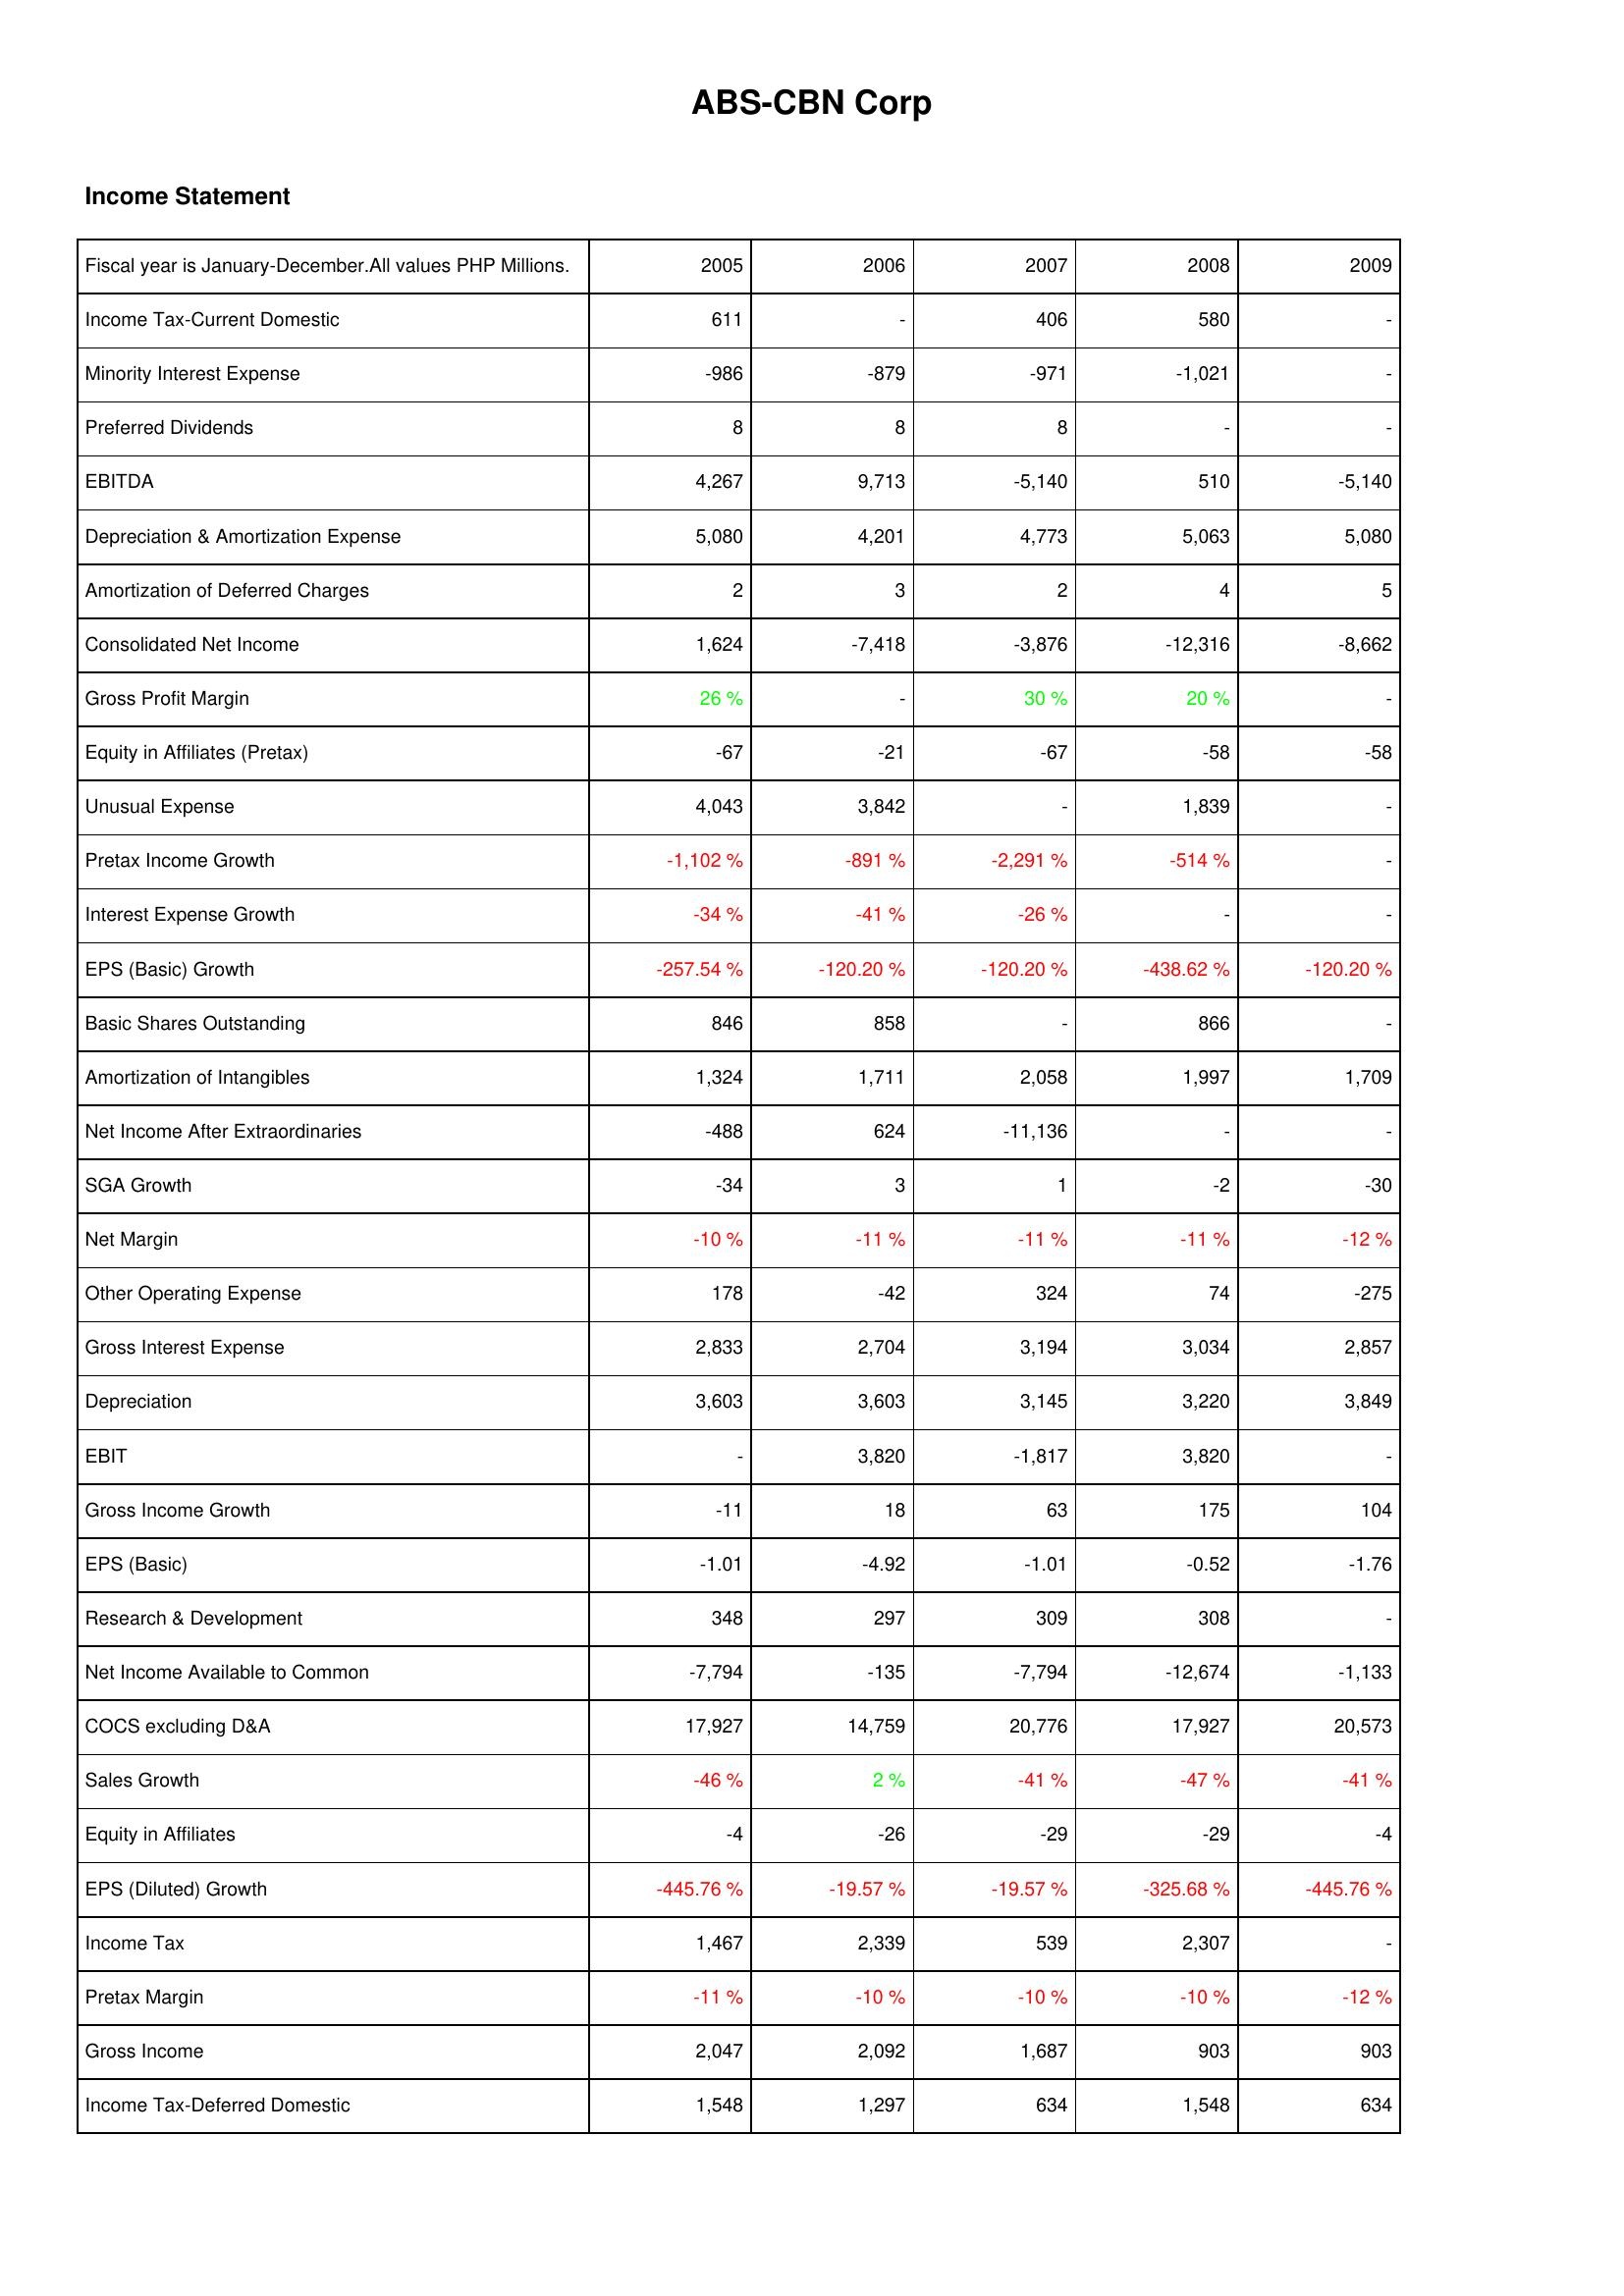
2005: Income Statement: Income Tax-Current Domestic: 611
Minority Interest Expense: -986
Preferred Dividends: 8
EBITDA: 4,267
Depreciation & Amortization Expense: 5,080
Amortization of Deferred Charges: 2
Consolidated Net Income: 1,624
Gross Profit Margin: 26 %
Equity in Affiliates (Pretax): -67
Unusual Expense: 4,043
Pretax Income Growth: -1,102 %
Interest Expense Growth: -34 %
EPS (Basic) Growth: -257.54 %
Basic Shares Outstanding: 846
Amortization of Intangibles: 1,324
Net Income After Extraordinaries: -488
SGA Growth: -34
Net Margin: -10 %
Other Operating Expense: 178
Gross Interest Expense: 2,833
Depreciation: 3,603
EBIT: -
Gross Income Growth: -11
EPS (Basic): -1.01
Research & Development: 348
Net Income Available to Common: -7,794
COCS excluding D&A: 17,927
Sales Growth: -46 %
Equity in Affiliates: -4
EPS (Diluted) Growth: -445.76 %
Income Tax: 1,467
Pretax Margin: -11 %
Gross Income: 2,047
Income Tax-Deferred Domestic: 1,548
2006: Income Statement: Income Tax-Current Domestic: -
Minority Interest Expense: -879
Preferred Dividends: 8
EBITDA: 9,713
Depreciation & Amortization Expense: 4,201
Amortization of Deferred Charges: 3
Consolidated Net Income: -7,418
Gross Profit Margin: -
Equity in Affiliates (Pretax): -21
Unusual Expense: 3,842
Pretax Income Growth: -891 %
Interest Expense Growth: -41 %
EPS (Basic) Growth: -120.20 %
Basic Shares Outstanding: 858
Amortization of Intangibles: 1,711
Net Income After Extraordinaries: 624
SGA Growth: 3
Net Margin: -11 %
Other Operating Expense: -42
Gross Interest Expense: 2,704
Depreciation: 3,603
EBIT: 3,820
Gross Income Growth: 18
EPS (Basic): -4.92
Research & Development: 297
Net Income Available to Common: -135
COCS excluding D&A: 14,759
Sales Growth: 2 %
Equity in Affiliates: -26
EPS (Diluted) Growth: -19.57 %
Income Tax: 2,339
Pretax Margin: -10 %
Gross Income: 2,092
Income Tax-Deferred Domestic: 1,297
2007: Income Statement: Income Tax-Current Domestic: 406
Minority Interest Expense: -971
Preferred Dividends: 8
EBITDA: -5,140
Depreciation & Amortization Expense: 4,773
Amortization of Deferred Charges: 2
Consolidated Net Income: -3,876
Gross Profit Margin: 30 %
Equity in Affiliates (Pretax): -67
Unusual Expense: -
Pretax Income Growth: -2,291 %
Interest Expense Growth: -26 %
EPS (Basic) Growth: -120.20 %
Basic Shares Outstanding: -
Amortization of Intangibles: 2,058
Net Income After Extraordinaries: -11,136
SGA Growth: 1
Net Margin: -11 %
Other Operating Expense: 324
Gross Interest Expense: 3,194
Depreciation: 3,145
EBIT: -1,817
Gross Income Growth: 63
EPS (Basic): -1.01
Research & Development: 309
Net Income Available to Common: -7,794
COCS excluding D&A: 20,776
Sales Growth: -41 %
Equity in Affiliates: -29
EPS (Diluted) Growth: -19.57 %
Income Tax: 539
Pretax Margin: -10 %
Gross Income: 1,687
Income Tax-Deferred Domestic: 634
2008: Income Statement: Income Tax-Current Domestic: 580
Minority Interest Expense: -1,021
Preferred Dividends: -
EBITDA: 510
Depreciation & Amortization Expense: 5,063
Amortization of Deferred Charges: 4
Consolidated Net Income: -12,316
Gross Profit Margin: 20 %
Equity in Affiliates (Pretax): -58
Unusual Expense: 1,839
Pretax Income Growth: -514 %
Interest Expense Growth: -
EPS (Basic) Growth: -438.62 %
Basic Shares Outstanding: 866
Amortization of Intangibles: 1,997
Net Income After Extraordinaries: -
SGA Growth: -2
Net Margin: -11 %
Other Operating Expense: 74
Gross Interest Expense: 3,034
Depreciation: 3,220
EBIT: 3,820
Gross Income Growth: 175
EPS (Basic): -0.52
Research & Development: 308
Net Income Available to Common: -12,674
COCS excluding D&A: 17,927
Sales Growth: -47 %
Equity in Affiliates: -29
EPS (Diluted) Growth: -325.68 %
Income Tax: 2,307
Pretax Margin: -10 %
Gross Income: 903
Income Tax-Deferred Domestic: 1,548
2009: Income Statement: Income Tax-Current Domestic: -
Minority Interest Expense: -
Preferred Dividends: -
EBITDA: -5,140
Depreciation & Amortization Expense: 5,080
Amortization of Deferred Charges: 5
Consolidated Net Income: -8,662
Gross Profit Margin: -
Equity in Affiliates (Pretax): -58
Unusual Expense: -
Pretax Income Growth: -
Interest Expense Growth: -
EPS (Basic) Growth: -120.20 %
Basic Shares Outstanding: -
Amortization of Intangibles: 1,709
Net Income After Extraordinaries: -
SGA Growth: -30
Net Margin: -12 %
Other Operating Expense: -275
Gross Interest Expense: 2,857
Depreciation: 3,849
EBIT: -
Gross Income Growth: 104
EPS (Basic): -1.76
Research & Development: -
Net Income Available to Common: -1,133
COCS excluding D&A: 20,573
Sales Growth: -41 %
Equity in Affiliates: -4
EPS (Diluted) Growth: -445.76 %
Income Tax: -
Pretax Margin: -12 %
Gross Income: 903
Income Tax-Deferred Domestic: 634